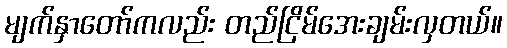
မျက်နှာတော်ကလည်း တည်ငြိမ်အေးချမ်းလှတယ်။